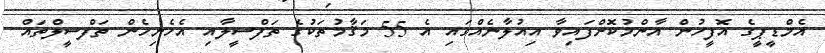
އެމްޑީޕީގެ އޮފީހުން އާންމުކޮށްފައިވާ އިއުލާނެއްގައި އެ 55 މަޤާމުތަކުގެ ތަފްސީލާއި އެހެނިހެން ތަފްސީލްތައް